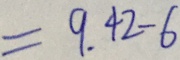
= 9 . 4 2 - 6